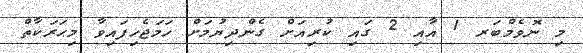
މި ނޮވެމްބަރ 1 އާއި 2 ގައި ކުރިއަށް ގެންދިޔުމަށް ހަމަޖެހިފައިވާ މިޙަރަކާތް